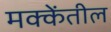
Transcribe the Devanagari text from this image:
मक्केंतील